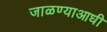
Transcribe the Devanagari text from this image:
जाळण्याआधी